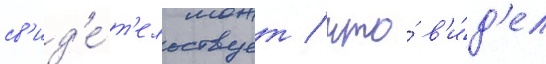
св'ид'е́т'ельствует / что́ в'и́д'ел